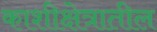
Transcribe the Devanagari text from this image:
काशीक्षेत्रातील